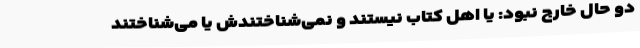
دو حال خارج نبود: یا اهل کتاب نیستند و نمی‌شناختندش یا می‌شناختند